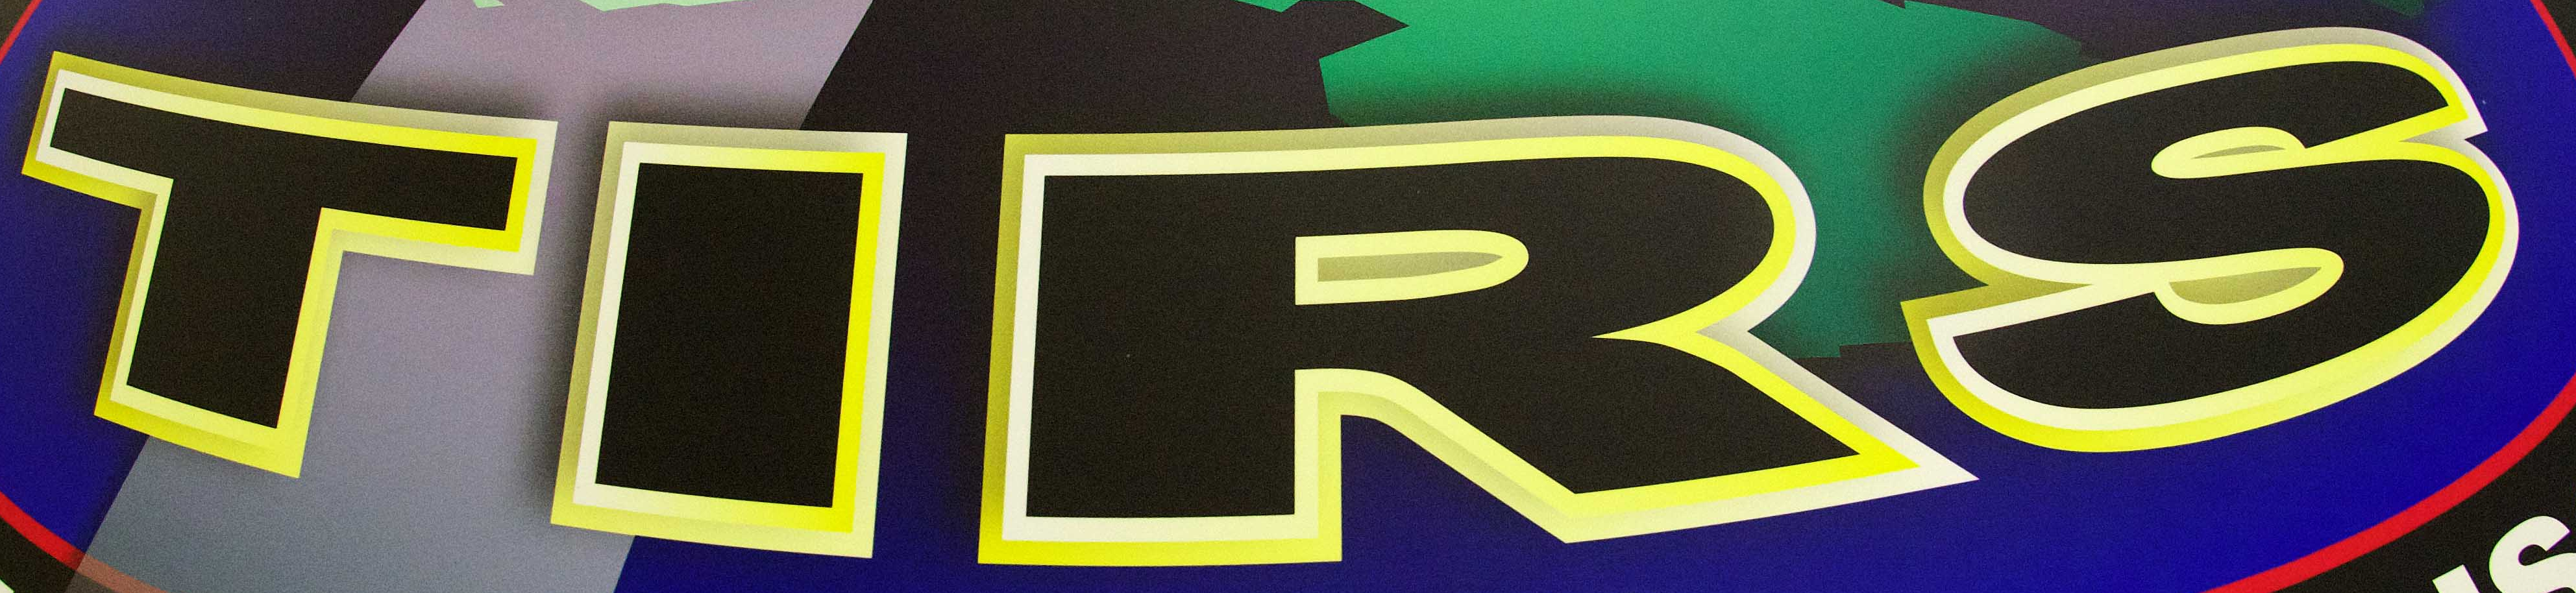
TIRS